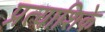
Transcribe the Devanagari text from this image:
प्रत्याशिके